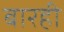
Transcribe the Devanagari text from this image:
बारही